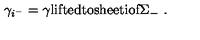
\gamma _ { i ^ { - } } = \gamma \mathrm { l i f t e d t o s h e e t i o f \Sigma _ - } \ .